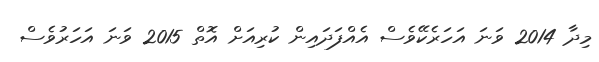
މިދާ 2014 ވަނަ އަހަރެކޭވެސް އެއްފަދައިން ކުރިއަށް އޮތް 2015 ވަނަ އަހަރުވެސް